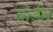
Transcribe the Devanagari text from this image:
बोर्डम